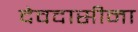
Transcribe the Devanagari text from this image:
देवदासीना